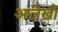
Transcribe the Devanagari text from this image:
आलेखो